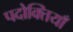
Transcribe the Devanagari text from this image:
पदोक्तियाँ